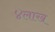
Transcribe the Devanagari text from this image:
४लाख